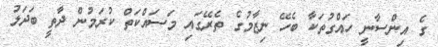
ގެ އިންސާނީ ހައްގުތަކާ ބެހޭ ނިޒާމުގެ ތެރޭގައި މަސަައްކަތް ކުރަމުން ދާތީ ބަދަލު